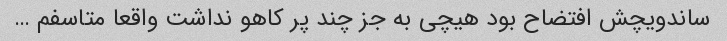
ساندویچش افتضاح بود هیچی به جز چند پر کاهو نداشت واقعا متاسفم …